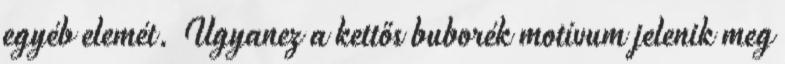
egyéb elemét. Ugyanez a kettős buborék motívum jelenik meg